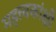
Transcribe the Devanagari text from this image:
महत्त्वकांक्षी